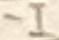
Text: -I